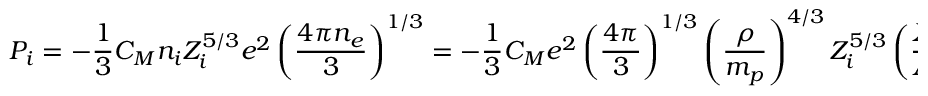
P _ { i } = - { \frac { 1 } { 3 } } C _ { M } n _ { i } Z _ { i } ^ { 5 / 3 } e ^ { 2 } \left( { \frac { 4 \pi n _ { e } } { 3 } } \right) ^ { 1 / 3 } = - { \frac { 1 } { 3 } } C _ { M } e ^ { 2 } \left( { \frac { 4 \pi } { 3 } } \right) ^ { 1 / 3 } \left( { \frac { \rho } { m _ { p } } } \right) ^ { 4 / 3 } Z _ { i } ^ { 5 / 3 } \left( { \frac { X _ { i } } { A _ { i } } } \right) Y _ { e } ^ { 1 / 3 } .